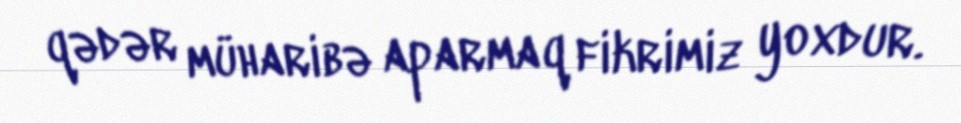
qədər müharibə aparmaq fikrimiz yoxdur.